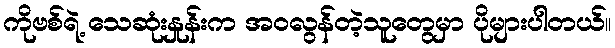
ကိုဗစ်ရဲ့ သေဆုံးနှုန်းက အဝလွန်တဲ့သူတွေမှာ ပိုများပါတယ်။